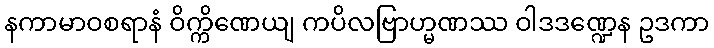
နကာမာဝစရာနံ ဝိက္ကိဏေယျ ကပိလဗြာဟ္မဏဿ ဝါဒဒဏ္ဍေန ဥဒကာ